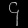
Digit: ၄